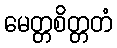
မေတ္တစိတ္တတံ